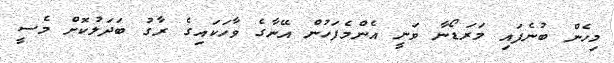
މިހެން ބުނެފައި މަރަޑޯނާ ވަނީ އެންމެފަހުން އޭނާގެ ވާހަކައިގެ ރާގު ބަދަލުކޮށް މެސީ